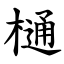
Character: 樋